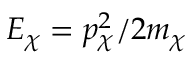
E _ { \chi } = p _ { \chi } ^ { 2 } / 2 m _ { \chi }